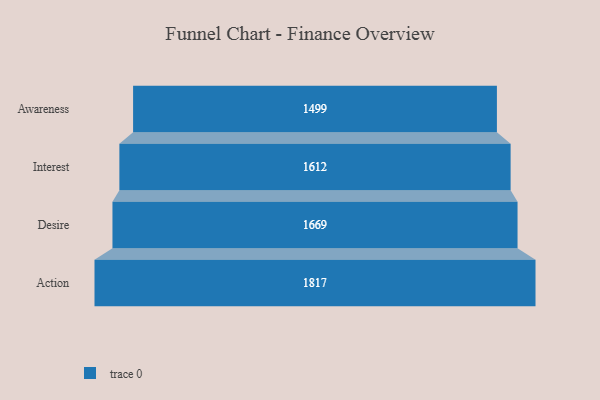
{"axis": {"x": "Stage", "y": "Value"}, "legend": [""], "data": [{"x": "Awareness", "y": 1499.0, "type": ""}, {"x": "Interest", "y": 1612.0, "type": ""}, {"x": "Desire", "y": 1669.0, "type": ""}, {"x": "Action", "y": 1817.0, "type": ""}]}